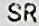
SR